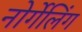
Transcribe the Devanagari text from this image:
नोर्गेलिंग